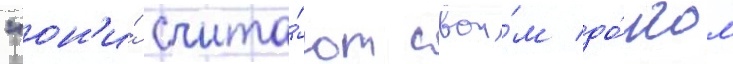
"он'и́ счита́ют свои́м до́лгом